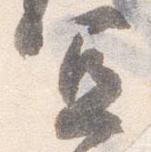
宜